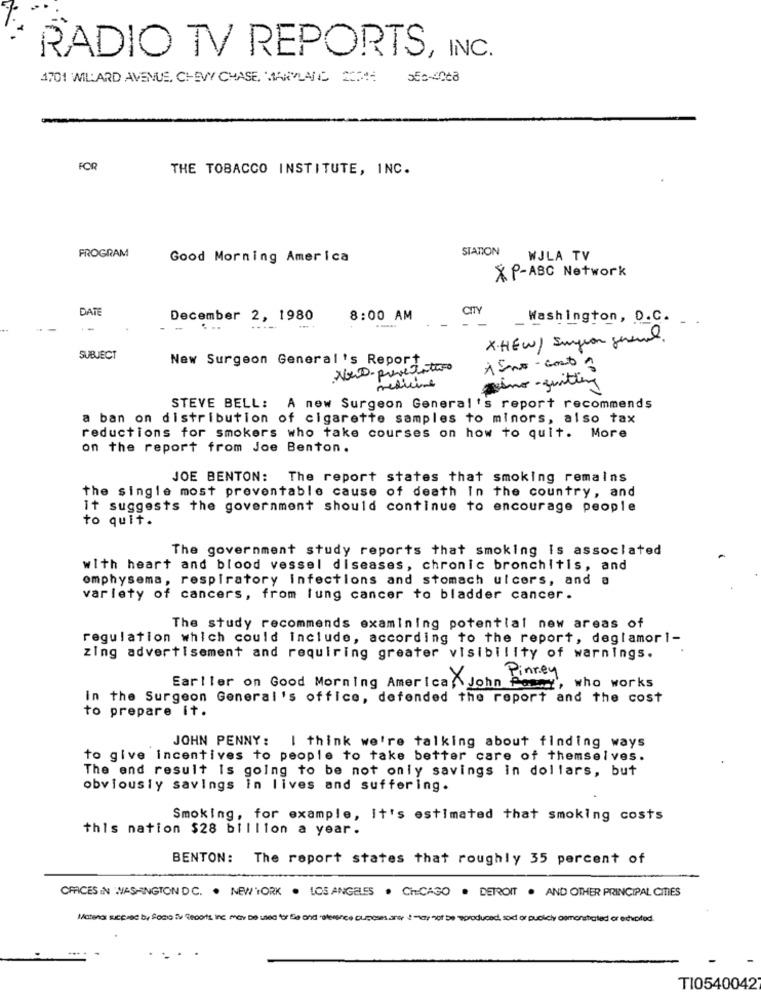
RADIO TV REPORTS, INC.
1701 WILLARD AVENUE, CHEVY CHASE, MAPLANC 2074
FOR
THE TOBACCO INSTITUTE, INC.
STATION
FROGRAM
Good Morning America
WJLA TV
XP-ABC Network
DATE
December 2, 1980
8:00 AM
CITY
Washington, D.C.
. ..
X.HEW/ Surgeon general.
SUBJECT
New Surgeon General's Report
Neo-preverstico
À Eno - cont 3
sino-quity
STEVE BELL:
A new Surgeon General's report recommends
a ban on distribution of cigarette samples to minors, also tax
reductions for smokers who take courses on how to quit. More
on the report from Joe Benton.
JOE BENTON: The report states that smoking remains
the single most preventable cause of death In the country, and
It suggests the government should continue to encourage people
to quit.
The government study reports that smoking is associated
with heart and blood vessel diseases, chronic bronchitis, and
emphysema, respiratory infections and stomach ulcers, and a
variety of cancers, from lung cancer to bladder cancer.
The study recommends examining potential new areas of
regulation which could include, according to the report, deglamori-
zing advertisement and requiring greater visibility of warnings.
Earlier on Good Morning America,\ John Posay', who works
in the Surgeon General's office, defended the report and the cost
to prepare it.
JOHN PENNY: I think we're talking about finding ways
to give incentives to people to take better care of themselves.
The end result Is going to be not only savings in dollars, but
obviously savings in lives and suffering.
Smoking, for example, It's estimated that smoking costs
this nation $28 billion a year.
BENTON: The report states that roughly 35 percent of
OFFICES IN WASHINGTON DC. . NEWYORK . LOS ANGELES . CHICAGO . DETROIT . AND OTHER PRINCIPAL CITIES
Matena sucpued by Socio iv 'tecott inc may be used for Sie and stevence cupours are i may not be produced, sod or publicly demonstrated or excited.
TI0540042